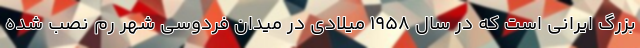
بزرگ ایرانی است که در سال ۱۹۵۸ میلادی در میدان فردوسی شهر رم نصب شده